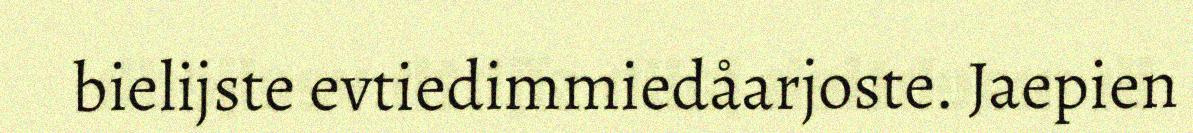
bielijste evtiedimmiedåarjoste. Jaepien